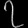
Digit: ၇